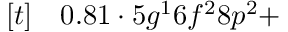
\begin{array} { r l } { [ t ] } & { { } 0 . 8 1 \cdot 5 g ^ { 1 } 6 f ^ { 2 } 8 p ^ { 2 } + } \end{array}